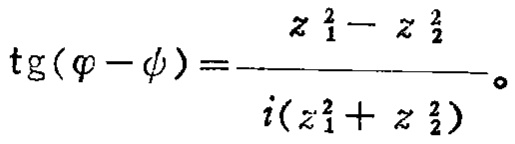
\(\mathrm{tg}(\varphi - \psi)=\frac{z_{1}^{2}-z_{2}^{2}}{i(z_{1}^{2}+z_{2}^{2})}\)